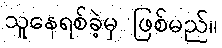
သူနေရစ်ခဲ့မှ ဖြစ်မည်။